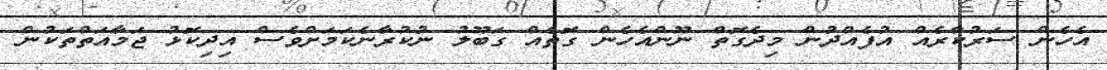
އެހެން ސަރުކާރެއް އުފެއްދުން މިދެގޮތް ނޫންއެހެން ގޮތެއް ގަބޫލު ނުކުރާނެކަމަށްވެސް އިދިކޮޅު ޖަމާއަތްތަކުން